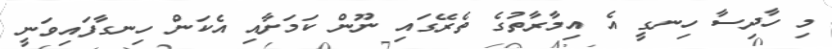
މި ހާދިސާ ހިނގީ އެ އިމާރާތުގެ ތެރޭގައި ނޫން ކަމަށާއި އެކަން ހިނގާފައިވަނީ